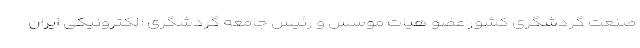
صنعت گردشگری کشور عضو هیات موسس و رئیس جامعه گردشگری الکترونیکی ایران